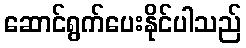
ဆောင်ရွက်ပေးနိုင်ပါသည်